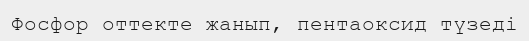
Фосфор оттекте жанып, пентаоксид түзеді